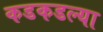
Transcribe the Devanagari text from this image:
कडकडल्या